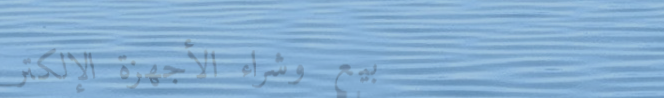
بيع وشراء الأجهزة الإلكتر